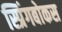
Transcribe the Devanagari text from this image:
स्प्रिंगबोकस